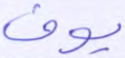
يوف